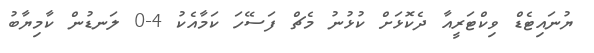
ޔުނައިޓެޑް ވިކްޓަރީއާ ދެކޮޅަށް ކުޅުނު މެޗް ފަސޭހަ ކަމާއެކު 4-0 ލަނޑުން ކާމިޔާބު